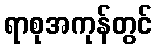
ရာစုအကုန်တွင်